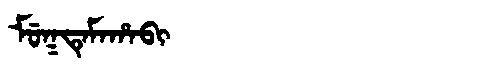
Manchu: ᠮᡠᡴᡨᡝᠮᠠᡥᠠᠪᡳ
Romanization: MUKTEMAHABI